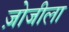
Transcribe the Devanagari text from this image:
ज़ोजीला